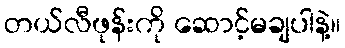
တယ်လီဖုန်းကို ဆောင့်မချပါနဲ့။